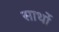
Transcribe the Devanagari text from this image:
सार्थो